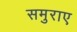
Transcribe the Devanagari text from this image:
समुराए